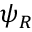
\psi _ { R }